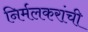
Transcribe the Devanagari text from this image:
निर्मलकरांची